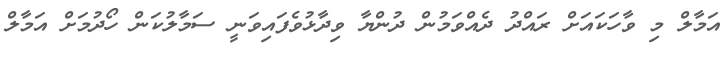
އަމާލް މި ވާހަކައަށް ރައްދު ދެއްވަމުން ދުންޔާ ވިދާޅުވެފައިވަނީ ސަމާލުކަން ހޯދުމަށް އަމާލް